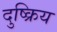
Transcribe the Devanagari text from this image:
दुष्क्रिय